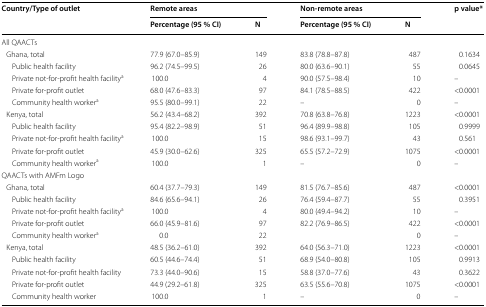
<table><thead><tr><td rowspan="2"><b>Country/Type of outlet</b></td><td colspan="2"><b>Remote areas</b></td><td colspan="2"><b>Non-remote areas</b></td><td rowspan="2"><b>p value*</b></td></tr><tr><td><b>Percentage (95 % CI)</b></td><td><b>N</b></td><td><b>Percentage (95 % CI)</b></td><td><b>N</b></td></tr></thead><tbody><tr><td colspan="6">All QAACTs</td></tr><tr><td> Ghana, total</td><td>77.9 (67.0–85.9)</td><td>149</td><td>83.8 (78.8–87.8)</td><td>487</td><td>0.1634</td></tr><tr><td>Public health facility</td><td>96.2 (74.5–99.5)</td><td>26</td><td>80.0 (63.6–90.1)</td><td>55</td><td>0.0645</td></tr><tr><td>Private not-for-profit health facility<sup>a</sup></td><td>100.0</td><td>4</td><td>90.0 (57.5–98.4)</td><td>10</td><td>–</td></tr><tr><td>Private for-profit outlet</td><td>68.0 (47.6–83.3)</td><td>97</td><td>84.1 (78.5–88.5)</td><td>422</td><td>&lt;0.0001</td></tr><tr><td>Community health worker<sup>a</sup></td><td>95.5 (80.0–99.1)</td><td>22</td><td>–</td><td>0</td><td>–</td></tr><tr><td> Kenya, total</td><td>56.2 (43.4–68.2)</td><td>392</td><td>70.8 (63.8–76.8)</td><td>1223</td><td>&lt;0.0001</td></tr><tr><td>Public health facility</td><td>95.4 (82.2–98.9)</td><td>51</td><td>96.4 (89.9–98.8)</td><td>105</td><td>0.9999</td></tr><tr><td>Private not-for-profit health facility<sup>a</sup></td><td>100.0</td><td>15</td><td>98.6 (93.1–99.7)</td><td>43</td><td>0.561</td></tr><tr><td>Private for-profit outlet</td><td>45.9 (30.0–62.6)</td><td>325</td><td>65.5 (57.2–72.9)</td><td>1075</td><td>&lt;0.0001</td></tr><tr><td>Community health worker<sup>a</sup></td><td>100.0</td><td>1</td><td>–</td><td>0</td><td>–</td></tr><tr><td colspan="6">QAACTs with AMFm Logo</td></tr><tr><td> Ghana, total</td><td>60.4 (37.7–79.3)</td><td>149</td><td>81.5 (76.7–85.6)</td><td>487</td><td>&lt;0.0001</td></tr><tr><td>Public health facility</td><td>84.6 (65.6–94.1)</td><td>26</td><td>76.4 (59.4–87.7)</td><td>55</td><td>0.3951</td></tr><tr><td>Private not-for-profit health facility<sup>a</sup></td><td>100.0</td><td>4</td><td>80.0 (49.4–94.2)</td><td>10</td><td>–</td></tr><tr><td>Private for-profit outlet</td><td>66.0 (45.9–81.6)</td><td>97</td><td>82.2 (76.9–86.5)</td><td>422</td><td>&lt;0.0001</td></tr><tr><td>Community health worker<sup>a</sup></td><td>0.0</td><td>22</td><td></td><td>0</td><td>–</td></tr><tr><td> Kenya, total</td><td>48.5 (36.2–61.0)</td><td>392</td><td>64.0 (56.3–71.0)</td><td>1223</td><td>&lt;0.0001</td></tr><tr><td>Public health facility</td><td>60.5 (44.6–74.4)</td><td>51</td><td>68.9 (54.0–80.8)</td><td>105</td><td>0.9913</td></tr><tr><td>Private not-for-profit health facility</td><td>73.3 (44.0–90.6)</td><td>15</td><td>58.8 (37.0–77.6)</td><td>43</td><td>0.3622</td></tr><tr><td>Private for-profit outlet</td><td>44.9 (29.2–61.8)</td><td>325</td><td>63.5 (55.6–70.8)</td><td>1075</td><td>&lt;0.0001</td></tr><tr><td>Community health worker</td><td>100.0</td><td>1</td><td>–</td><td>0</td><td>–</td></tr></tbody></table>